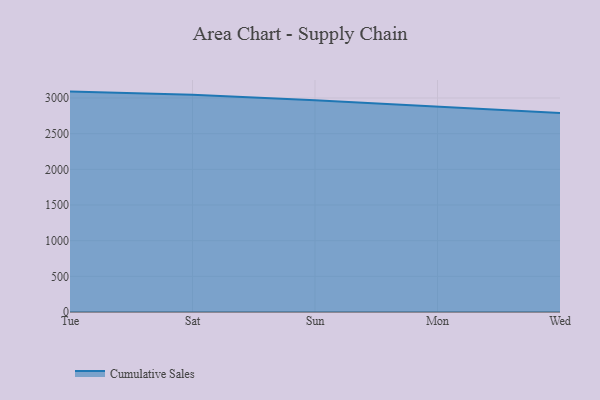
{"axis": {"x": "Day", "y": "Net Income (USD K)"}, "legend": ["Cumulative Sales"], "data": [{"x": "Tue", "y": 3089.9, "type": "Cumulative Sales"}, {"x": "Sat", "y": 3045.7, "type": "Cumulative Sales"}, {"x": "Sun", "y": 2970.3, "type": "Cumulative Sales"}, {"x": "Mon", "y": 2880.1, "type": "Cumulative Sales"}, {"x": "Wed", "y": 2790.1, "type": "Cumulative Sales"}]}